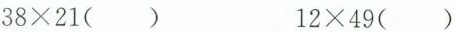
$$38 \times21（）$$ $$12 \times49（）$$